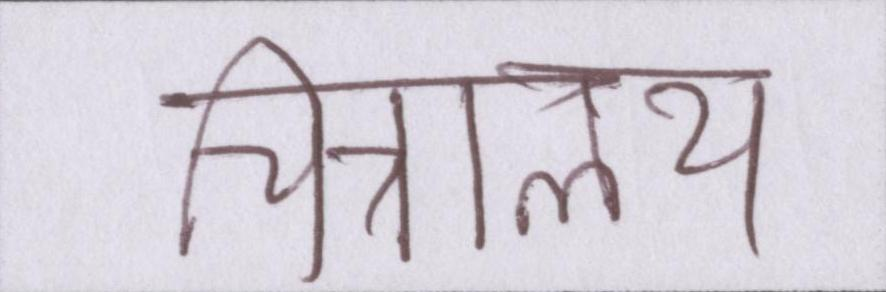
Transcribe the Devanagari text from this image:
चित्रालय